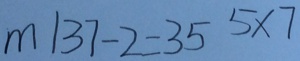
m 1 3 7 - 2 = 3 5 5 \times 7